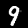
Digit: 9